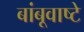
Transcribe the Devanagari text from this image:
बांबूवाष्टे